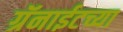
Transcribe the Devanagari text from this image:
ग्रॅनाईटच्या